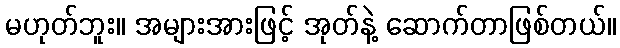
မဟုတ်ဘူး။ အများအားဖြင့် အုတ်နဲ့ ဆောက်တာဖြစ်တယ်။